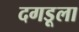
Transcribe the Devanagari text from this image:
दगडूला